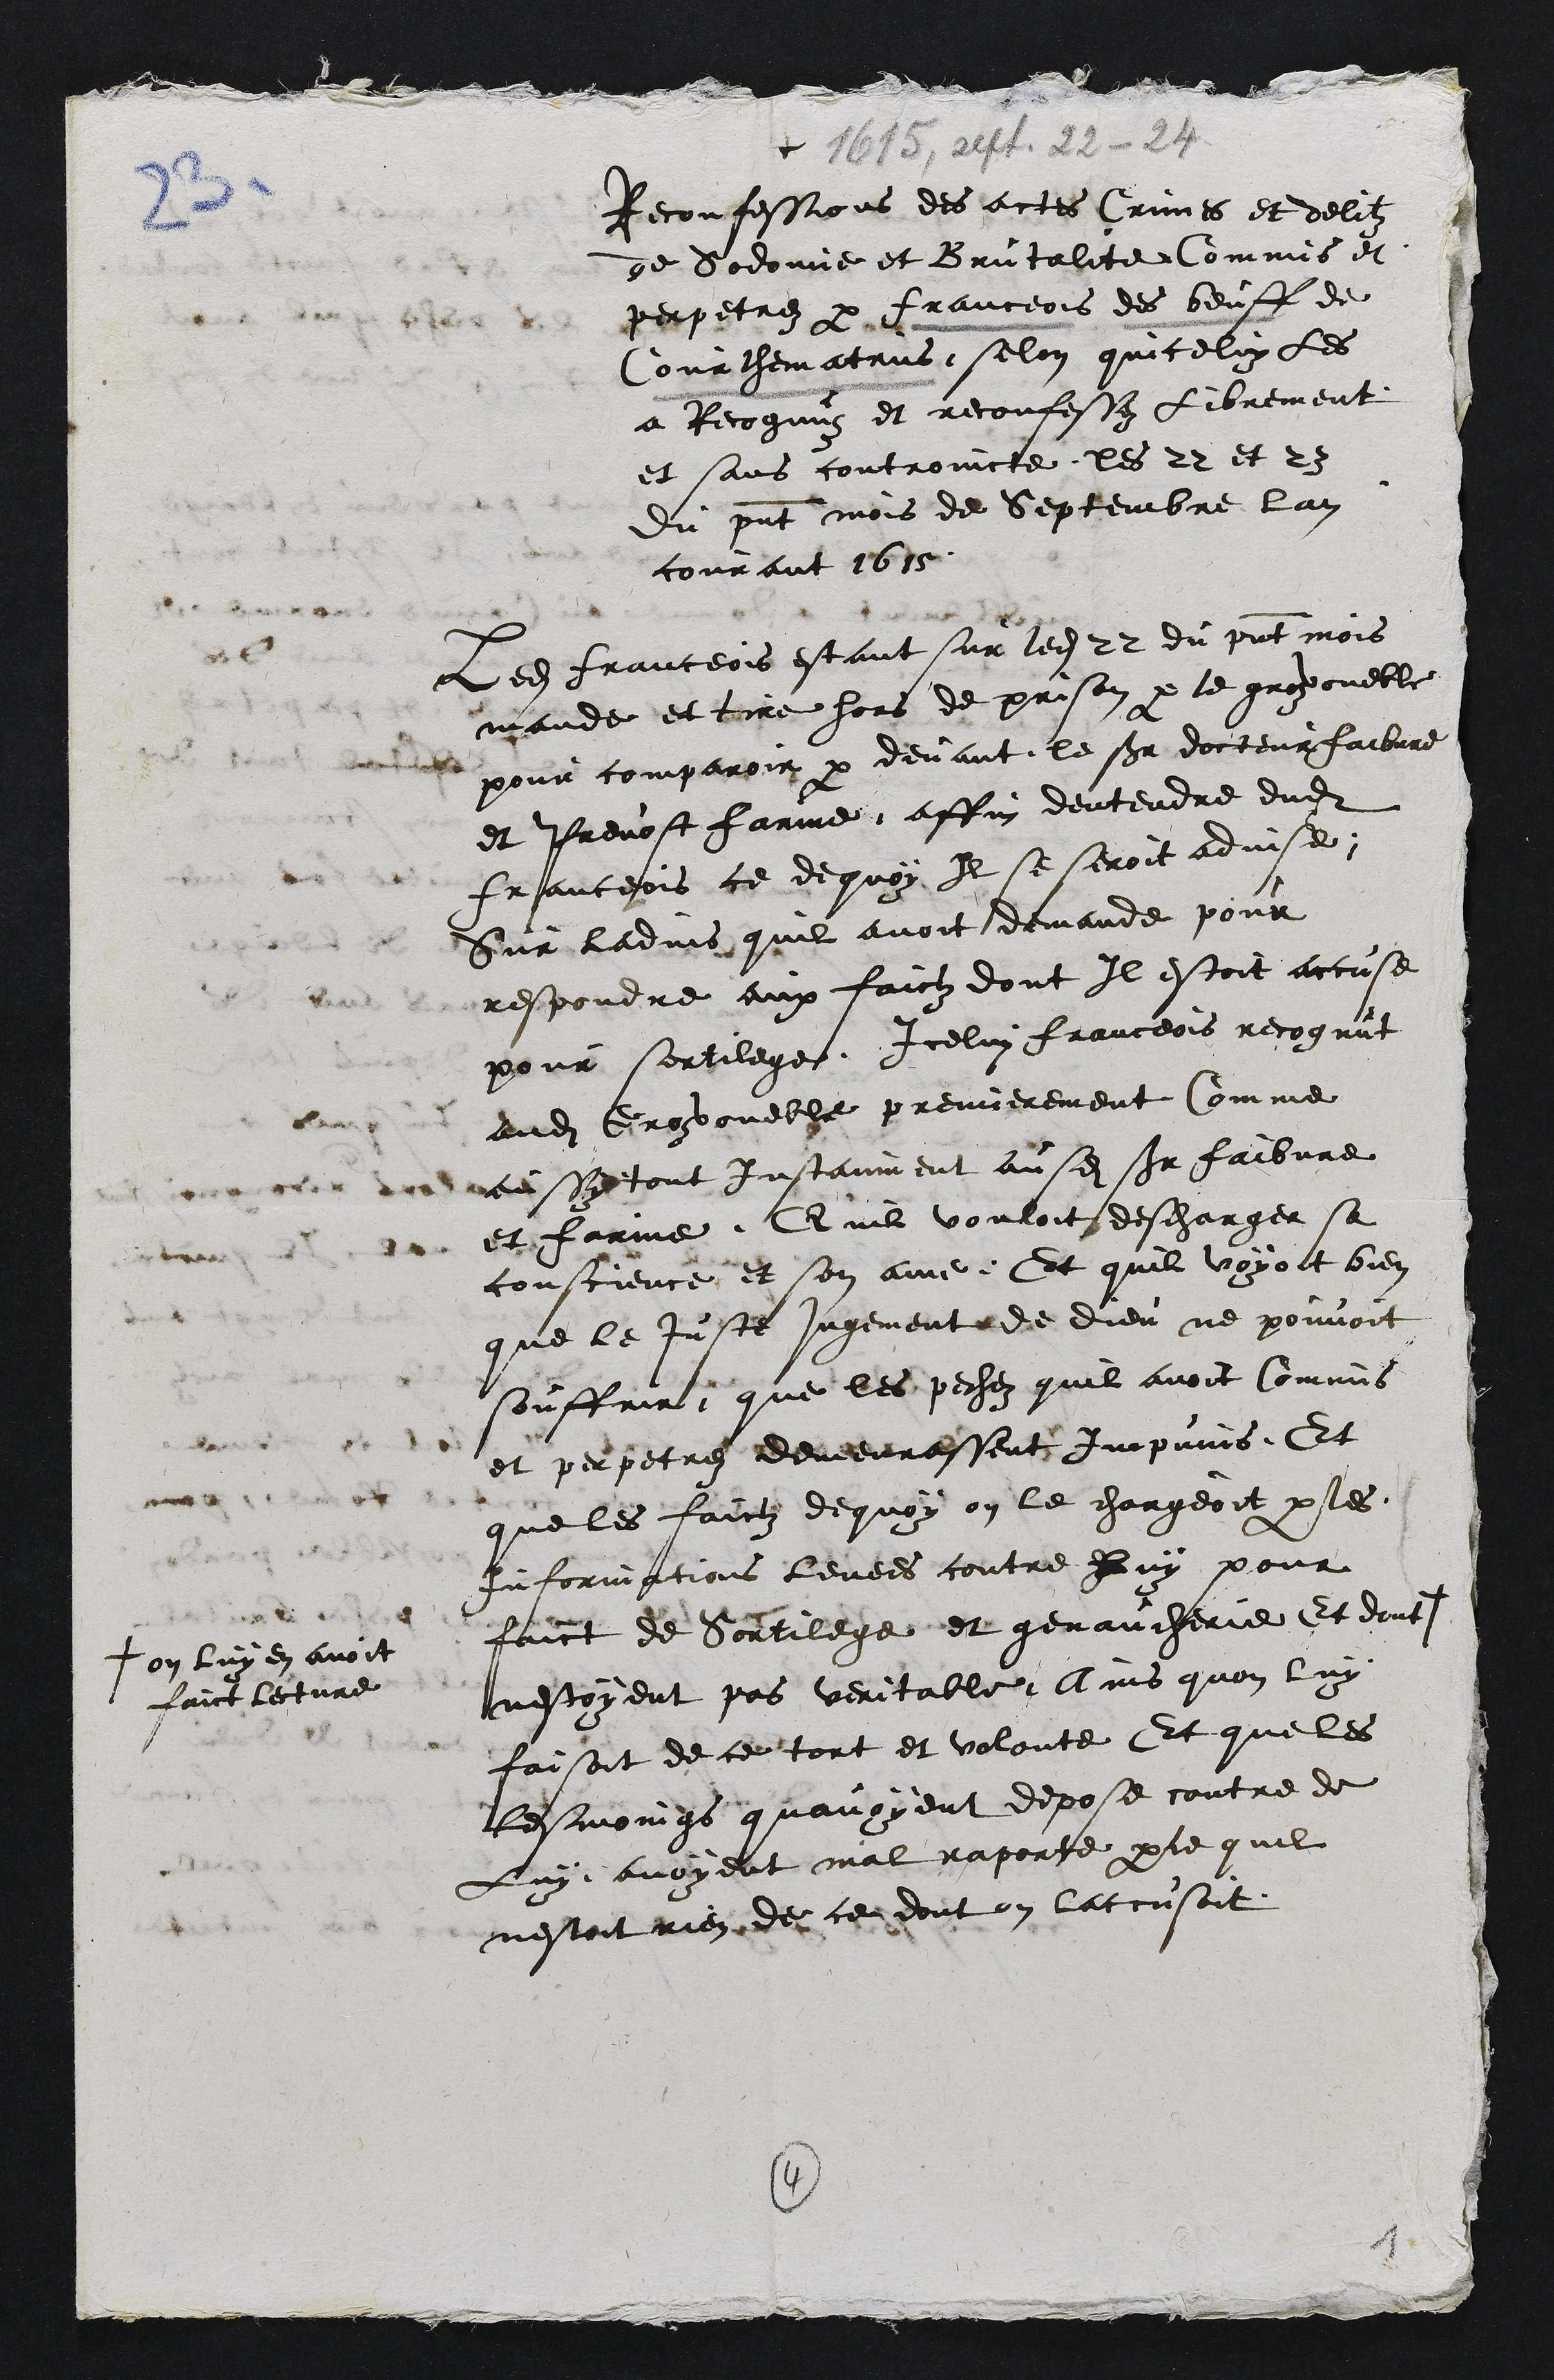
+
Reconfessions des actes Crimes et delitz
de Sodomie et Brutalite Commis et
perpetrez par franceois des beuff de
Courthematrus, selon quiceluy les
a Recognuz et reconfessez librement
et sans controincte les 22 et 23
du present mois de Septembre lan
courant 1615
Ledit franceois estant sur ledit 22 du present mois
mande et tire hors de prison par le groz voueble
pour comparoir par devant le sieur docteur faibvre
et Prevost farine affin dentendre dudit
franceois ce dequoy Il se seroit advise
Sur ladvis quil avoit demande pour
respondre aux faictz dont Il estoit accuse
pour sortilege Icelui franceois recognut
audit Groz voueble premierement Comme
aussy tout Instanment ausdits sieur faibvre
et farine Quil vouloit descharger sa
conscience et son ame Et quil voyoit bien
que le Juste jugement de dieu ne pouvoit
souffrir que les pechez quil avoit Commis
et perpetrez demeurassent Impunis Et
que les faictz dequoy on le chargeoit par les
Informations levees contre luy pour
faict de Sortilege et genaucherie Et dont
+ on luy en avoit
faict lecture
nestoyent pas veritable, Ains quon luy
faisoit de ce tort et volonte Et que les
tesmoings quavoyent depose contre de
Luy avoyent mal rapporte parce quil
nestoit rien de ce dont on laccusoit